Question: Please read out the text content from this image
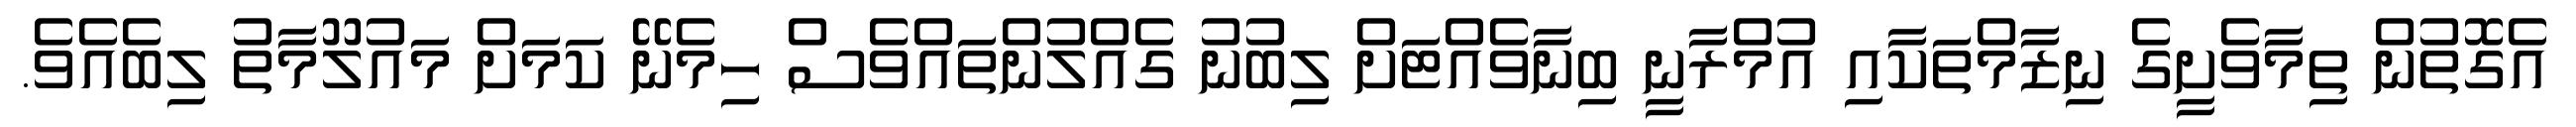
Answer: އެގޮތުން ތިމާވެށީގެ ނިޒާމްތަކާއި އުމްރާނީ ބިނާވެއްޓަށް ލިބުނު ގެއްލުންތައްވެސް ހިމެނޭ ކަމަށް މައުލޫމާތު ލިބެއެވެ.